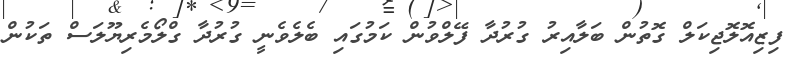
ފިޒިއޮލޮޖިކަލް ގޮތުން ބަލާއިރު ގުރުދާ ފޭލްވުން ކަމުގައި ބެލެވެނީ ގުރުދާ ގްލޯމެރިޔޫލަސް ތަކުން